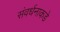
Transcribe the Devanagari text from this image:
संवर्धनाकडे